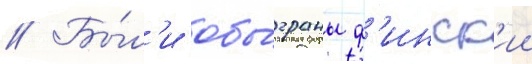
// Бы́л'и обы́граны ф'инск'ии